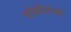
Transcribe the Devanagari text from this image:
चोकीगोभी